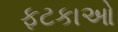
ફટકાઓ